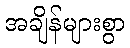
အချိန်များစွာ